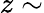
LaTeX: z\sim